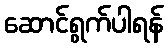
ဆောင်ရွက်ပါရန်